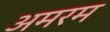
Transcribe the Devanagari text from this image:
अमरम